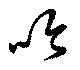
吟